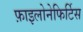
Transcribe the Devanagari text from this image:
फ़ाइलोनेफिर्टिस